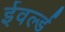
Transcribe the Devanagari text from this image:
ईवर्ल्ड